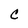
Character: C